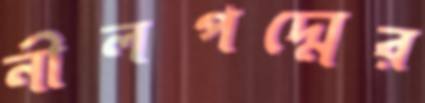
নীলপদ্মের